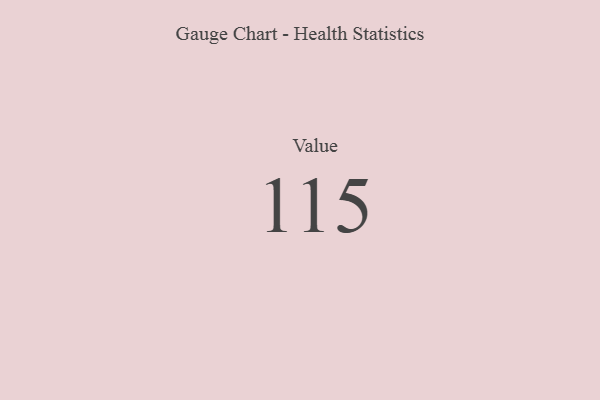
{"axis": {"x": "Metric", "y": "Value"}, "legend": [""], "data": [{"x": "Value", "y": 115, "type": ""}]}